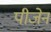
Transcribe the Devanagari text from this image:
पीजेन